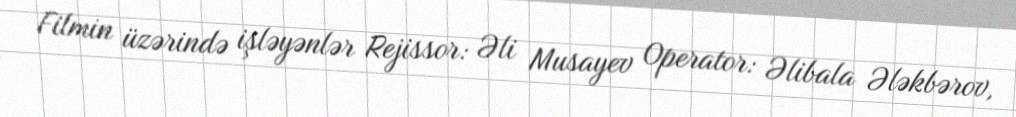
Filmin üzərində işləyənlər Rejissor: Əli Musayev Operator: Əlibala Ələkbərov,